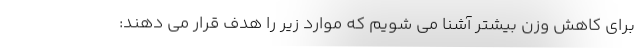
برای کاهش وزن بیشتر آشنا می شویم که موارد زیر را هدف قرار می دهند: